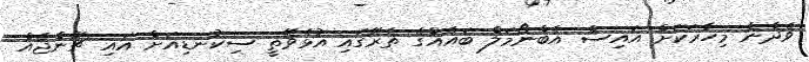
ވެދާނެ މިހާރަކަށް އައިސް އެބްނޯމަލް ބައެއްގެ ތެރޭގައި އުޅެވޭތީ ސިކުނޑިއަށް އައި ޗޭންޖެއް